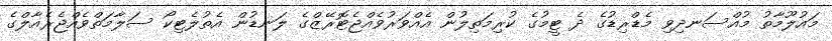
މައުލޫމާތު މުއްސަނދިވި މެޑްރިޑުގެ ދެ ޓީމުގެ ކުރިމަތިލުން އެއްވަރުވެއްޖެޓޮރޭޒްގެ ލަނޑުން އެތުލެޓިކޯ ސަލާމަތްވެއްޖެރެއާލްގެ